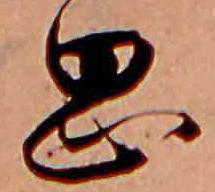
岡